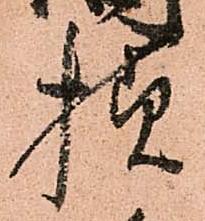
様